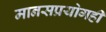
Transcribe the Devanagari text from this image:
मानसप्रयोगही